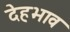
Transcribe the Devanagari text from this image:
देहभाव